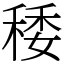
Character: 䅗